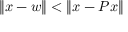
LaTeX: \| x - w \| < \| x - P x \|